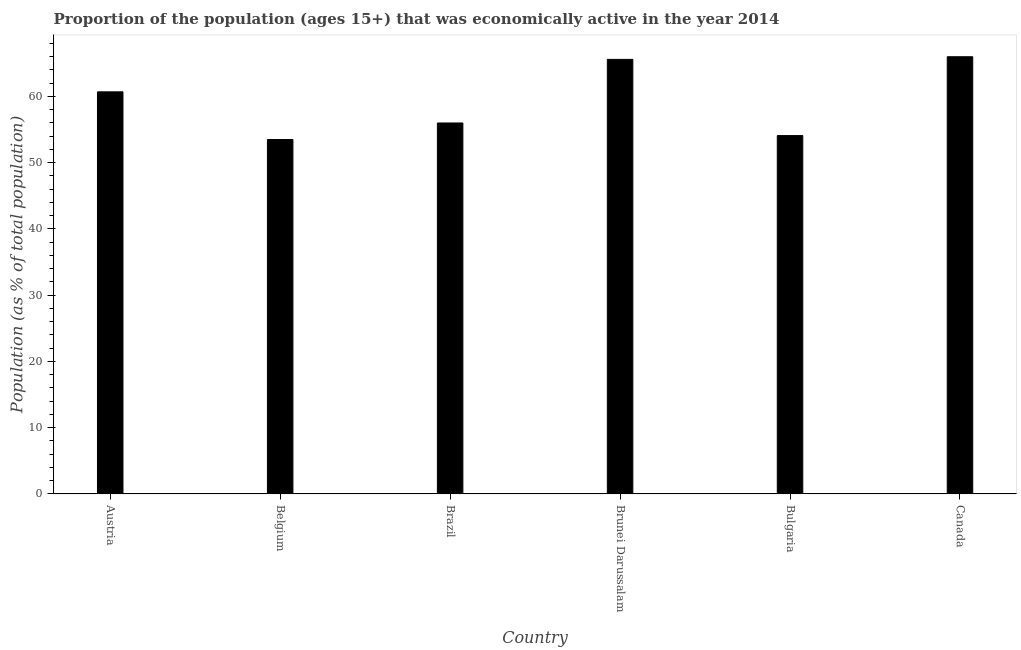
| Country | Labor force participation rate total |
 | --- | --- |
 | Austria | 60.7 |
 | Belgium | 53.5 |
 | Brazil | 56 |
 | Brunei Darussalam | 65.6 |
 | Bulgaria | 54.1 |
 | Canada | 66 |